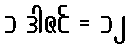
၁ ဒါဇင် = ၁၂